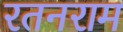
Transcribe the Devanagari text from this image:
रतनराम